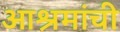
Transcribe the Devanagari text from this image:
आश्रमांची